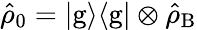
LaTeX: \hat{\rho}_{0}=|\mathrm{g}\rangle\langle{\mathrm{g}}|\otimes\hat{\rho}_{\mathrm{B}}